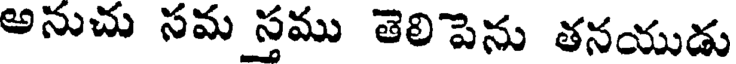
అనుచు సమ స్తము తెలిపెను తనయుడు